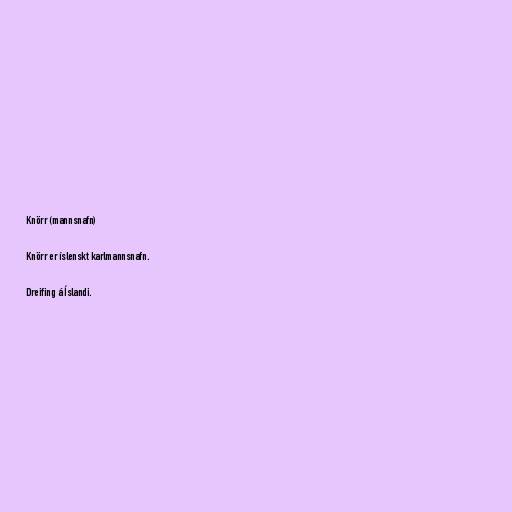
Knörr (mannsnafn)

Knörr er íslenskt karlmannsnafn.

Dreifing á Íslandi.